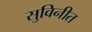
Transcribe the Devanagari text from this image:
सुविनीत